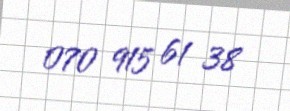
070 915 61 38